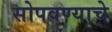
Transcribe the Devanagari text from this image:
सोपवण्याचे